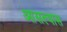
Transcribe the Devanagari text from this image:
आसल्यास